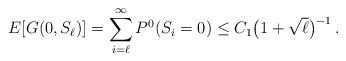
LaTeX: \begin{align*}E[G(0,S_\ell)] = \sum_{i = \ell}^\infty P^0(S_i=0) \le C_1 \big(1+\sqrt{\ell}\big)^{-1} \,.\end{align*}